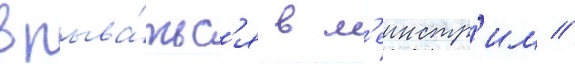
врыва́тьс'я в м'еинстр'им //